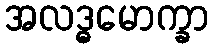
အလဒ္ဓမောက္ခာ